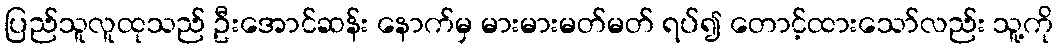
ပြည်သူလူထုသည် ဦးအောင်ဆန်း နောက်မှ မားမားမတ်မတ် ရပ်၍ တောင့်ထားသော်လည်း သူ့ကို